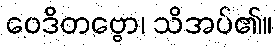
ဝေဒိတဗ္ဗော၊ သိအပ်၏။